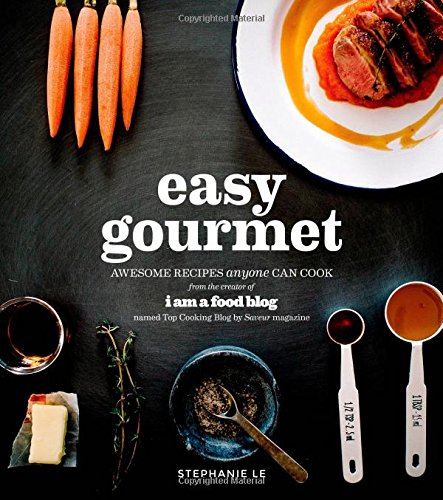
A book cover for Easy Gourmet: Awesome Recipes Anyone Can Cook; Stephanie Le; Cookbooks, Food & Wine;